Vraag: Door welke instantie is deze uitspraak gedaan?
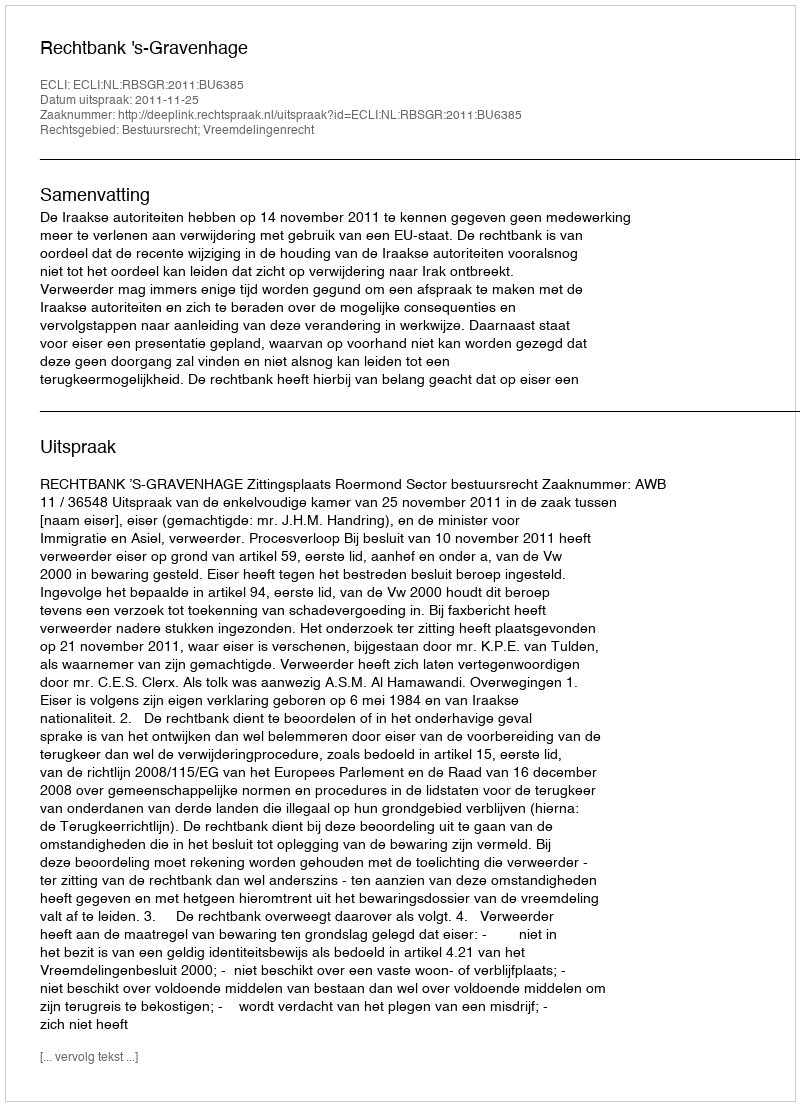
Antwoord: Rechtbank 's-Gravenhage